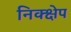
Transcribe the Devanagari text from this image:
निक्क्षेप